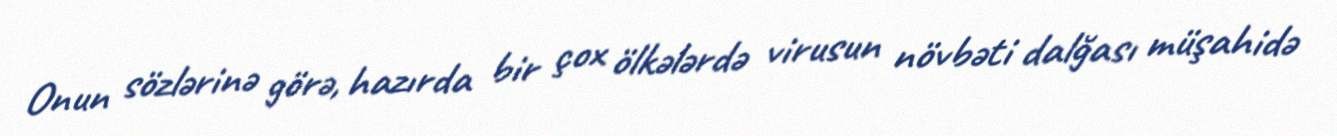
Onun sözlərinə görə, hazırda bir çox ölkələrdə virusun növbəti dalğası müşahidə